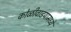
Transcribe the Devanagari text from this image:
कोळीवाडयामध्ये